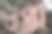
বাপ্তা